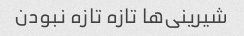
شیرینی‌ها تازه تازه نبودن